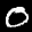
Label: 0